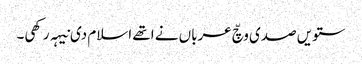
ستویں صدی وچّ عرباں نے اتھے اسلام دی نیہہ رکھی۔